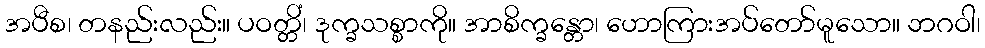
အပီစ၊ တနည်းလည်း။ ပဝတ္တိံ၊ ဒုက္ခသစ္စာကို။ အာစိက္ခန္တော၊ ဟောကြားအပ်တော်မူသော။ ဘဂဝါ၊